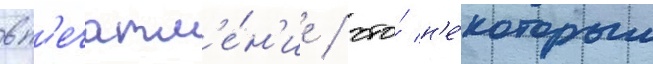
вп'ечатл'е́н'ие / что́ н'е́которым